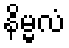
နိမ္မလံ